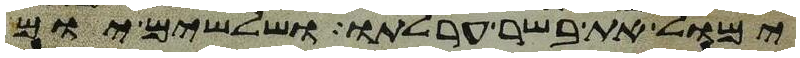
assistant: ימול את בשר ערלתו ושלשים יום